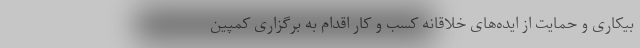
بیکاری و حمایت از ایده‌های خلاقانه کسب و کار اقدام به برگزاری کمپین